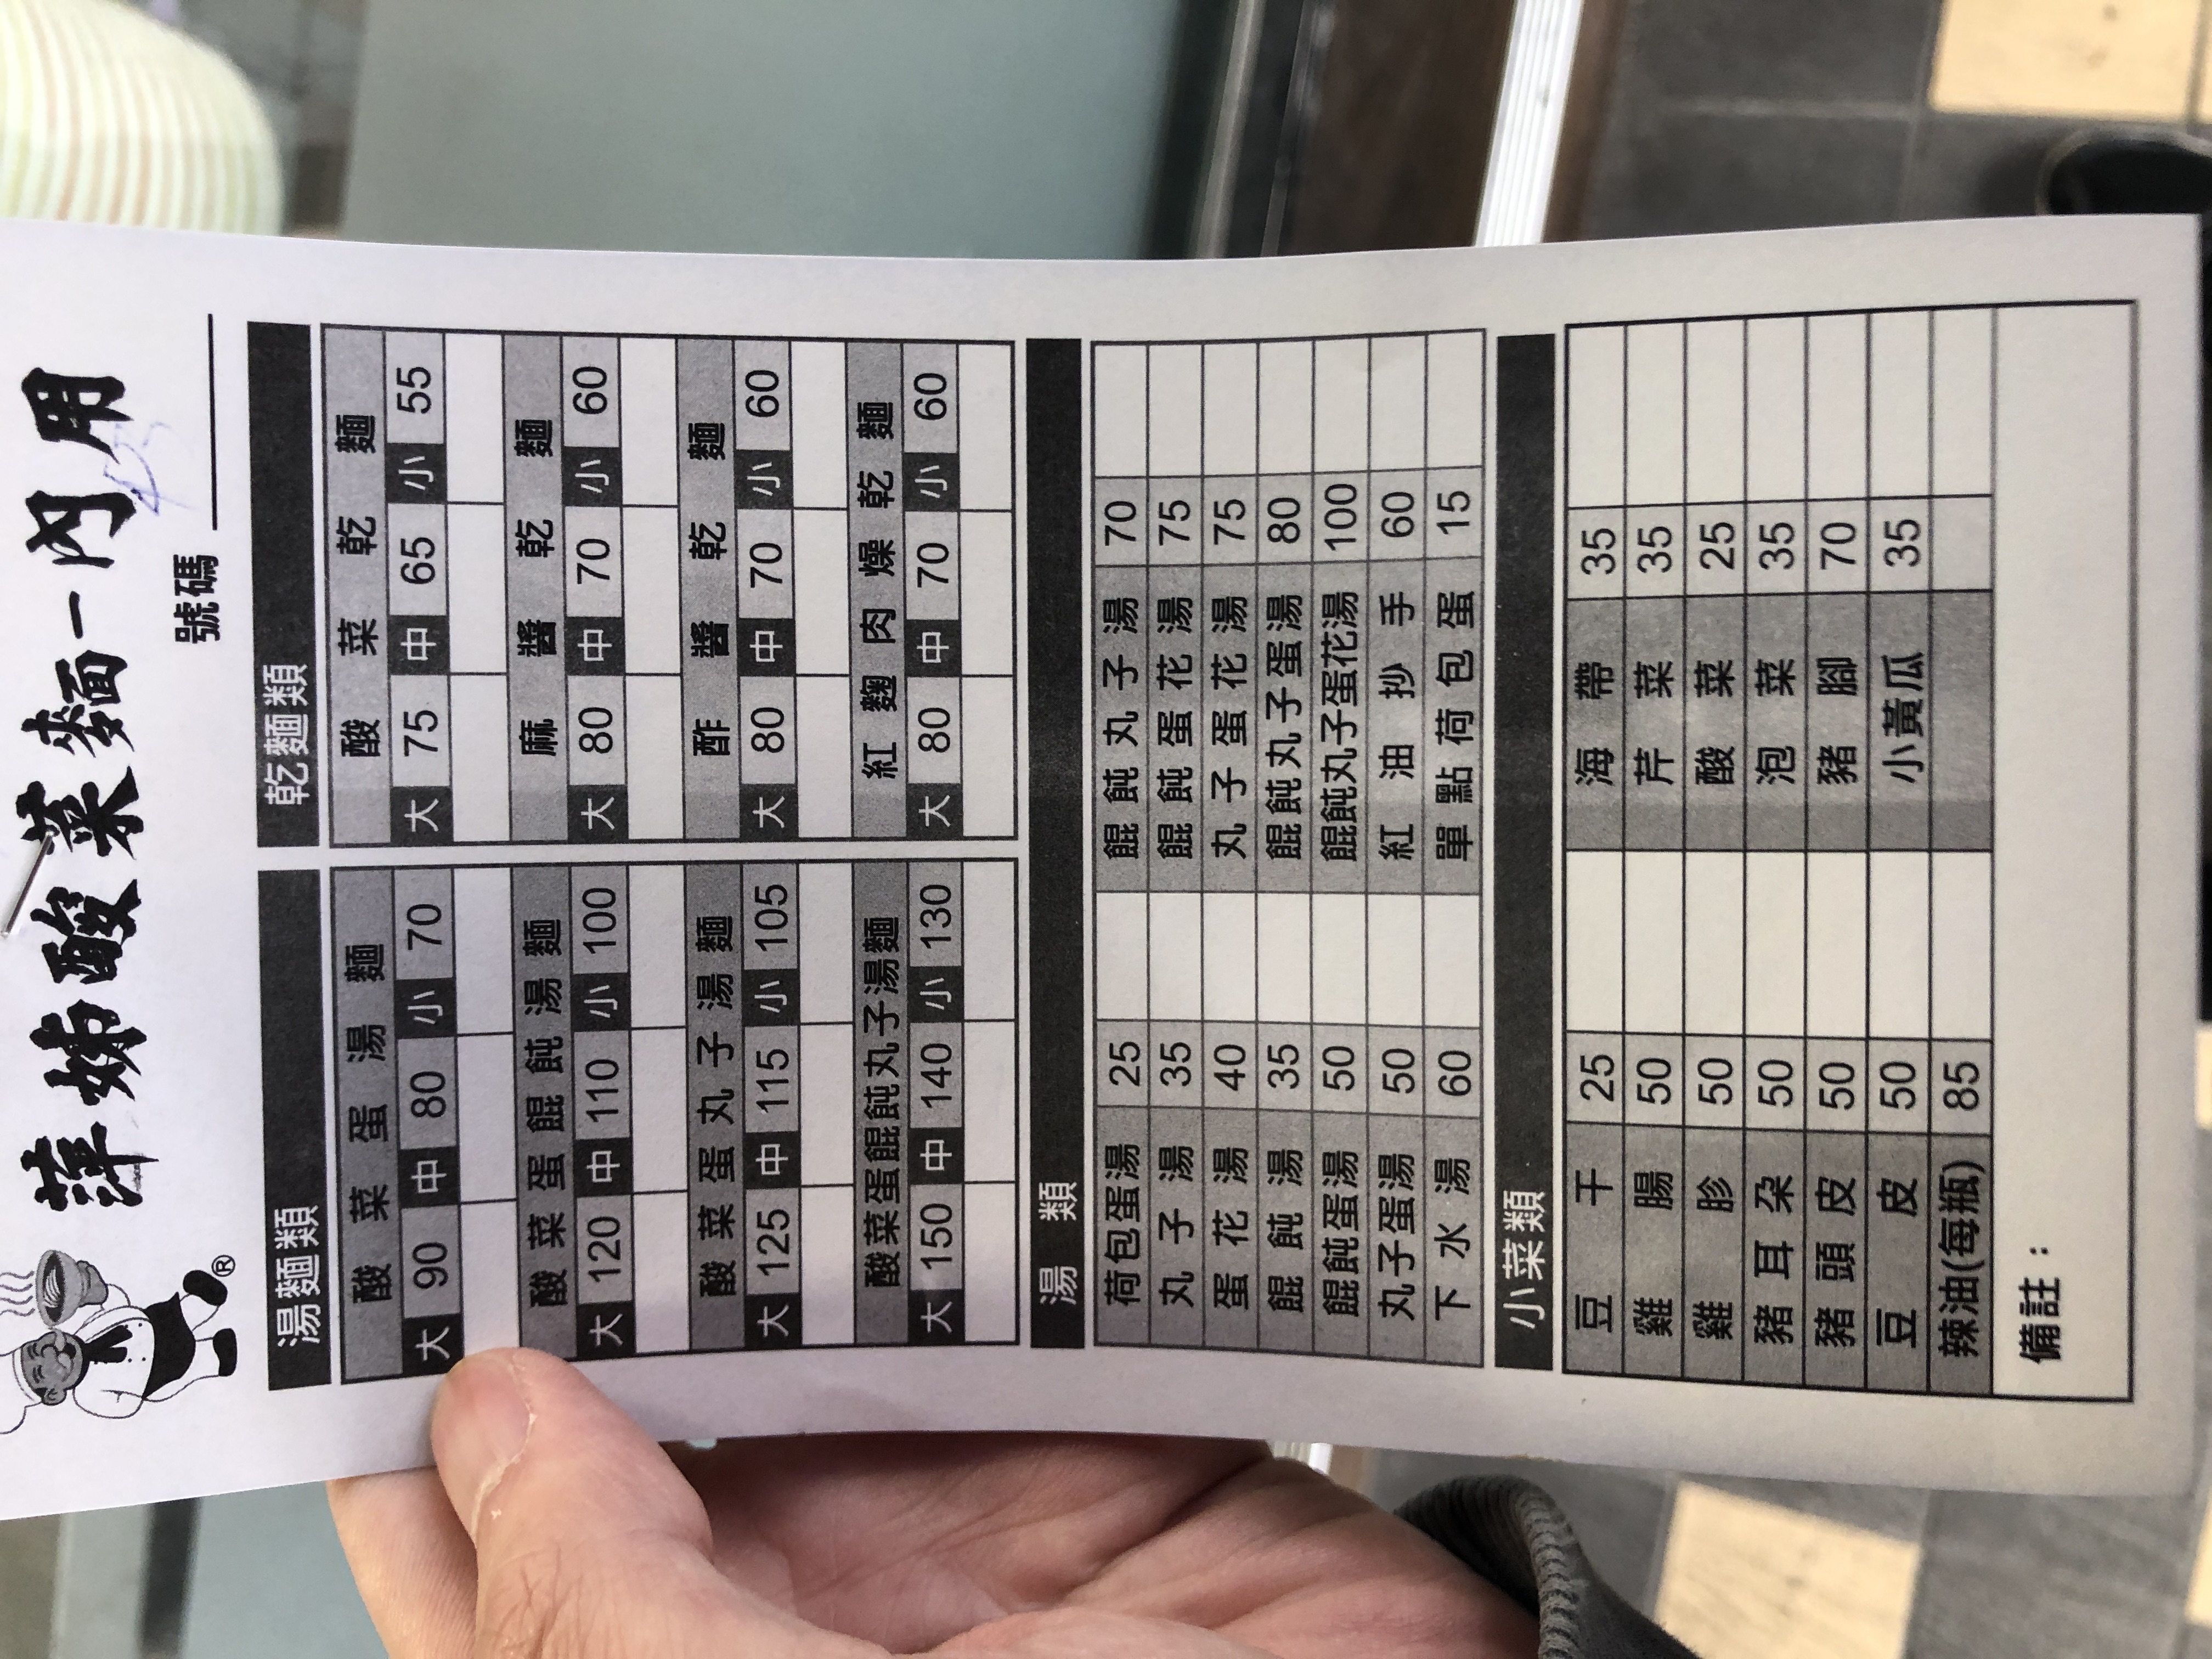
餐廳：源姊酸菜麵
菜單：
name: 酸菜麵 (大)
price: 90
name: 酸菜麵 (中)
price: 80
name: 酸菜麵 (小)
price: 70
name: 酸菜蛋麵 (大)
price: 120
name: 酸菜蛋麵 (中)
price: 110
name: 酸菜蛋麵 (小)
price: 100
name: 酸菜蛋丸子湯麵 (大)
price: 125
name: 酸菜蛋丸子湯麵 (中)
price: 115
name: 酸菜蛋丸子湯麵 (小)
price: 105
name: 酸菜蛋餛飩丸子湯麵 (大)
price: 150
name: 酸菜蛋餛飩丸子湯麵 (中)
price: 140
name: 酸菜蛋餛飩丸子湯麵 (小)
price: 130
name: 酸菜乾麵 (大)
price: 75
name: 酸菜乾麵 (中)
price: 65
name: 酸菜乾麵 (小)
price: 55
name: 酢醬乾麵 (大)
price: 80
name: 酢醬乾麵 (中)
price: 70
name: 酢醬乾麵 (小)
price: 60
name: 紅麴肉燥乾麵 (大)
price: 80
name: 紅麴肉燥乾麵 (中)
price: 70
name: 紅麴肉燥乾麵 (小)
price: 60
name: 荷包蛋湯
price: 25
name: 丸子湯
price: 35
name: 蛋花湯
price: 40
name: 餛飩湯
price: 35
name: 餛飩蛋湯
price: 50
name: 餛飩丸子蛋花湯
price: 50
name: 紅油抄手
price: 60
name: 單點荷包蛋
price: 15
name: 下水湯
price: 60
name: 海帶
price: 35
name: 豆干
price: 25
name: 酸菜
price: 35
name: 泡菜
price: 25
name: 豬耳朶
price: 50
name: 豬頭皮
price: 50
name: 豬腳
price: 70
name: 小黃瓜
price: 35
name: 辣油(每瓶)
price: 85